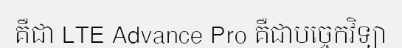
គឺជា LTE Advance Pro គឺជាបច្ចេកវិទ្យា